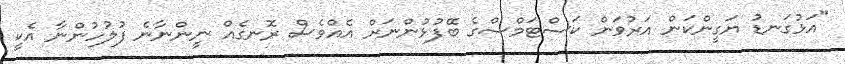
"އަޅުގަނޑު ޔަގީންކަން އަރުވަން ކަސްޓަމްސްގެ ބޭފުޅުންނަށް އެއްވެސް ރޮނގެއް ނީންނާނެ ފުލުހުންނާ އެކީ